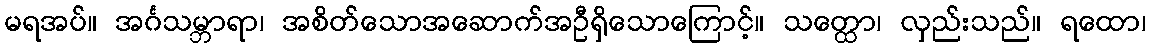
မရအပ်။ အင်္ဂသမ္ဘာရာ၊ အစိတ်သောအဆောက်အဦရှိသောကြောင့်။ သတ္ထော၊ လှည်းသည်။ ရထော၊